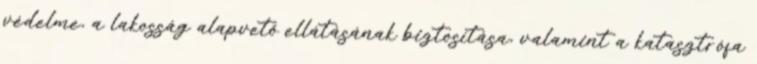
védelme, a lakosság alapvető ellátásának biztosítása, valamint a katasztrófa